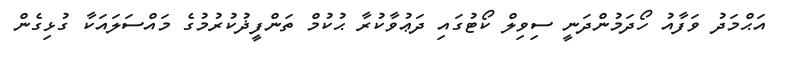
އަޙްމަދު ވަފާއު ހޯދަމުންދަނީ ސިވިލް ކޯޓުގައި ދަޢުވާކުރާ ޙުކުމް ތަންފީޛުކުރުމުގެ މައްސަލައަކާ ގުޅިގެން